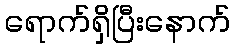
ရောက်ရှိပြီးနောက်